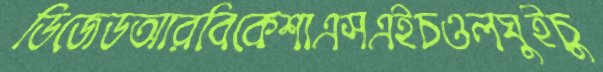
ডিজেডআরবিকেশাএসএইচওলঘুইচু